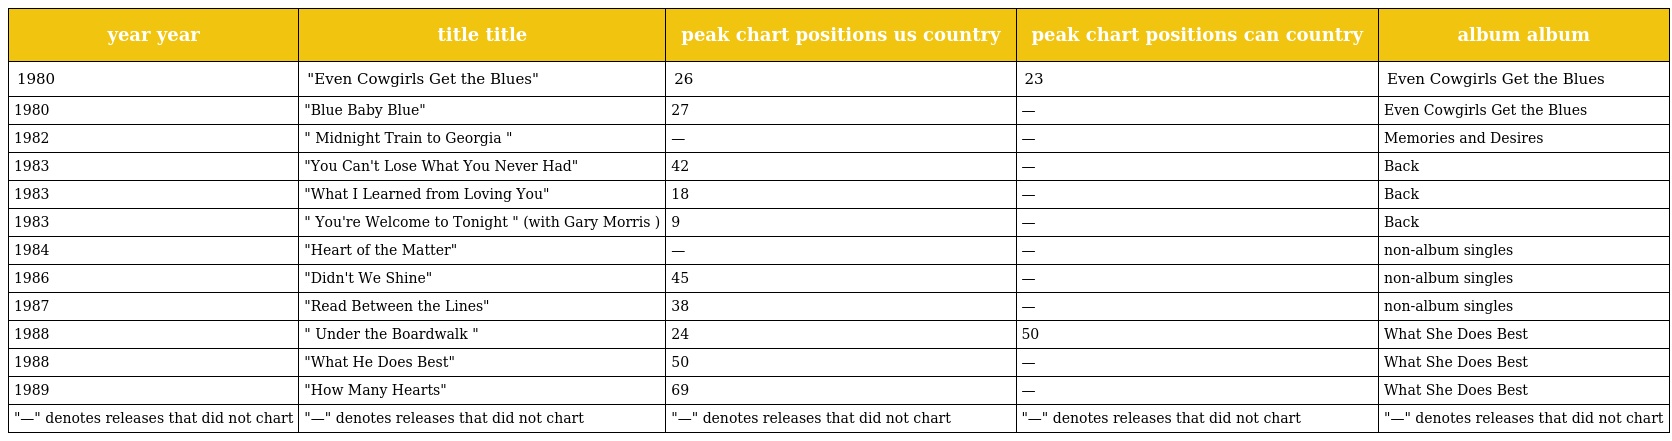
| year year | title title | peak chart positions us country | peak chart positions can country | album album |
 | --- | --- | --- | --- | --- |
 | 1980 | "Even Cowgirls Get the Blues" | 26 | 23 | Even Cowgirls Get the Blues |
 | 1980 | "Blue Baby Blue" | 27 | — | Even Cowgirls Get the Blues |
 | 1982 | " Midnight Train to Georgia " | — | — | Memories and Desires |
 | 1983 | "You Can't Lose What You Never Had" | 42 | — | Back |
 | 1983 | "What I Learned from Loving You" | 18 | — | Back |
 | 1983 | " You're Welcome to Tonight " (with Gary Morris ) | 9 | — | Back |
 | 1984 | "Heart of the Matter" | — | — | non-album singles |
 | 1986 | "Didn't We Shine" | 45 | — | non-album singles |
 | 1987 | "Read Between the Lines" | 38 | — | non-album singles |
 | 1988 | " Under the Boardwalk " | 24 | 50 | What She Does Best |
 | 1988 | "What He Does Best" | 50 | — | What She Does Best |
 | 1989 | "How Many Hearts" | 69 | — | What She Does Best |
 | "—" denotes releases that did not chart | "—" denotes releases that did not chart | "—" denotes releases that did not chart | "—" denotes releases that did not chart | "—" denotes releases that did not chart |